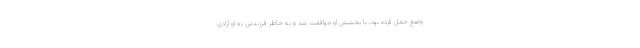
وضع حمل‌ کرده بود، با بخشش او موافقت شد و به خاطر فرزندش به او آزادی